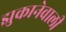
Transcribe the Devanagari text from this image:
झुकानेवाली